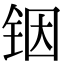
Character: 铟